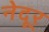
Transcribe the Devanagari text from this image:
नेदूर्